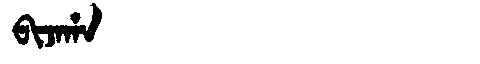
Manchu: ᠪᡳᠵᠠᡥᠠ
Romanization: BIJAHA